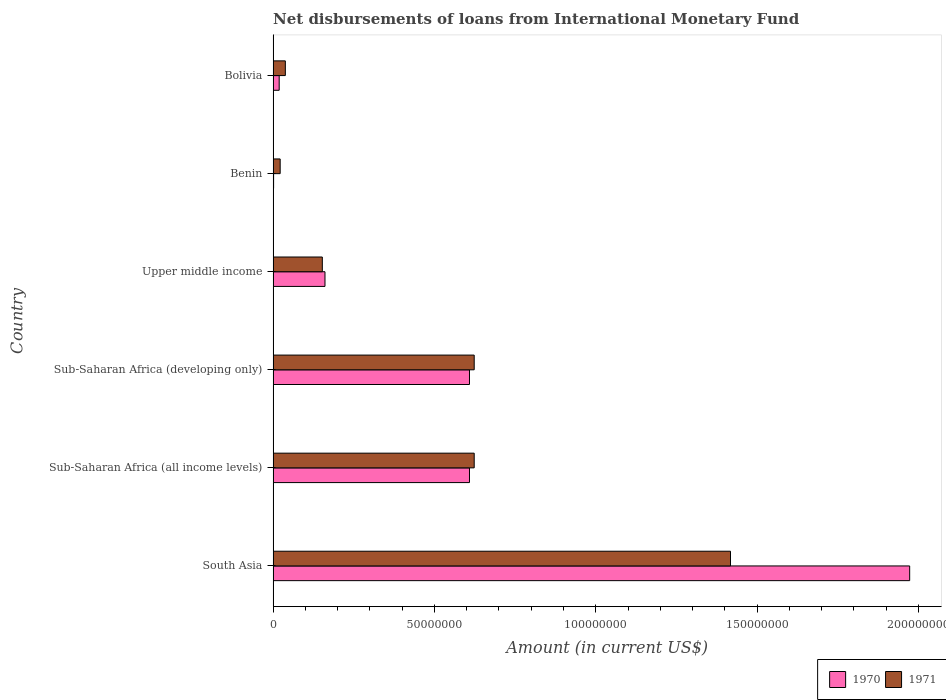
| Country | 1970 | 1971 |
 | --- | --- | --- |
 | South Asia | 1.97e+08 | 1.42e+08 |
 | Sub-Saharan Africa (all income levels) | 6.09e+07 | 6.23e+07 |
 | Sub-Saharan Africa (developing only) | 6.09e+07 | 6.23e+07 |
 | Upper middle income | 1.61e+07 | 1.52e+07 |
 | Benin | 1.45e+05 | 2.19e+06 |
 | Bolivia | 1.88e+06 | 3.79e+06 |